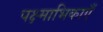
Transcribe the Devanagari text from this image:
पक्ष्माभिकाएँ